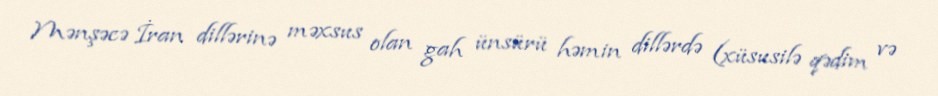
Mənşəcə İran dillərinə məxsus olan gah ünsürü həmin dillərdə (xüsusilə qədim və